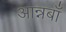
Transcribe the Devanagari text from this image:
आन्नबाँ